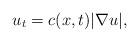
LaTeX: \begin{align*}u_t=c(x,t)|\nabla u|,\end{align*}